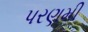
પરણમી